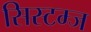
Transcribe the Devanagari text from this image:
सिस्टम्ज